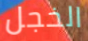
الخجل